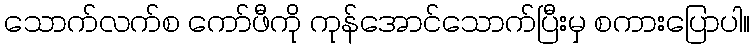
သောက်လက်စ ကော်ဖီကို ကုန်အောင်သောက်ပြီးမှ စကားပြောပါ။